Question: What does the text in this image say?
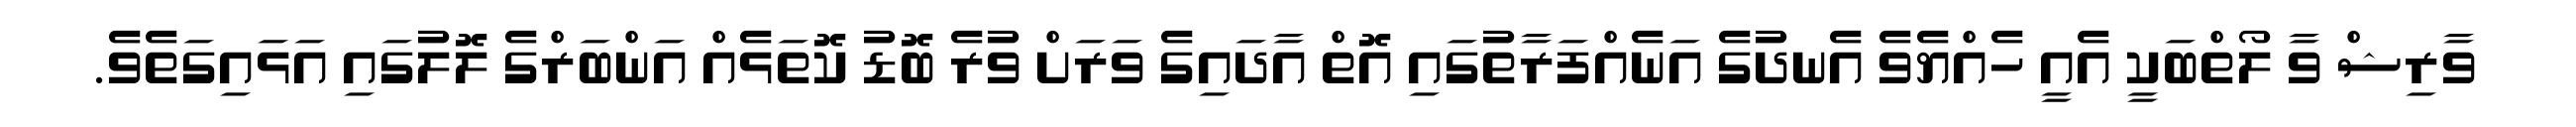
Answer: ވާރިޝް ވާ ލޯތްބަކީ އެއީ ހެއްޔެވެ އެނދުގެ އަނެއްފަރާތުގައި އޮތް އާދައިގެ ވަރަށް ވުރެ ބޮޑު ކޮތަޅެއް އަންބަރްގެ ލޮލުގައި އަޅައިގަތެވެ.